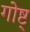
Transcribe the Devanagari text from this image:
गोष्ट्